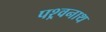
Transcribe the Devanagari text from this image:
पश्र्वनाथ